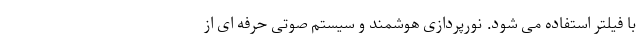
با فیلتر استفاده می شود. نورپردازی هوشمند و سیستم صوتی حرفه ای از